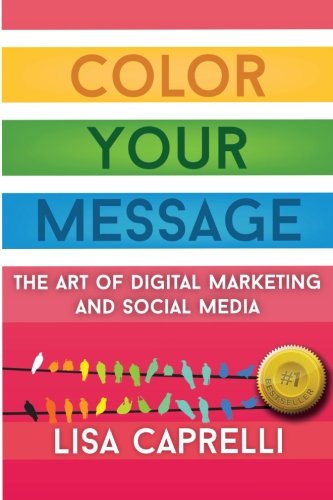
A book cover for Color Your Message: The Art of Digital Marketing & Social Media; Lisa Caprelli; Self-Help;